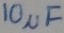
Text: 10µF